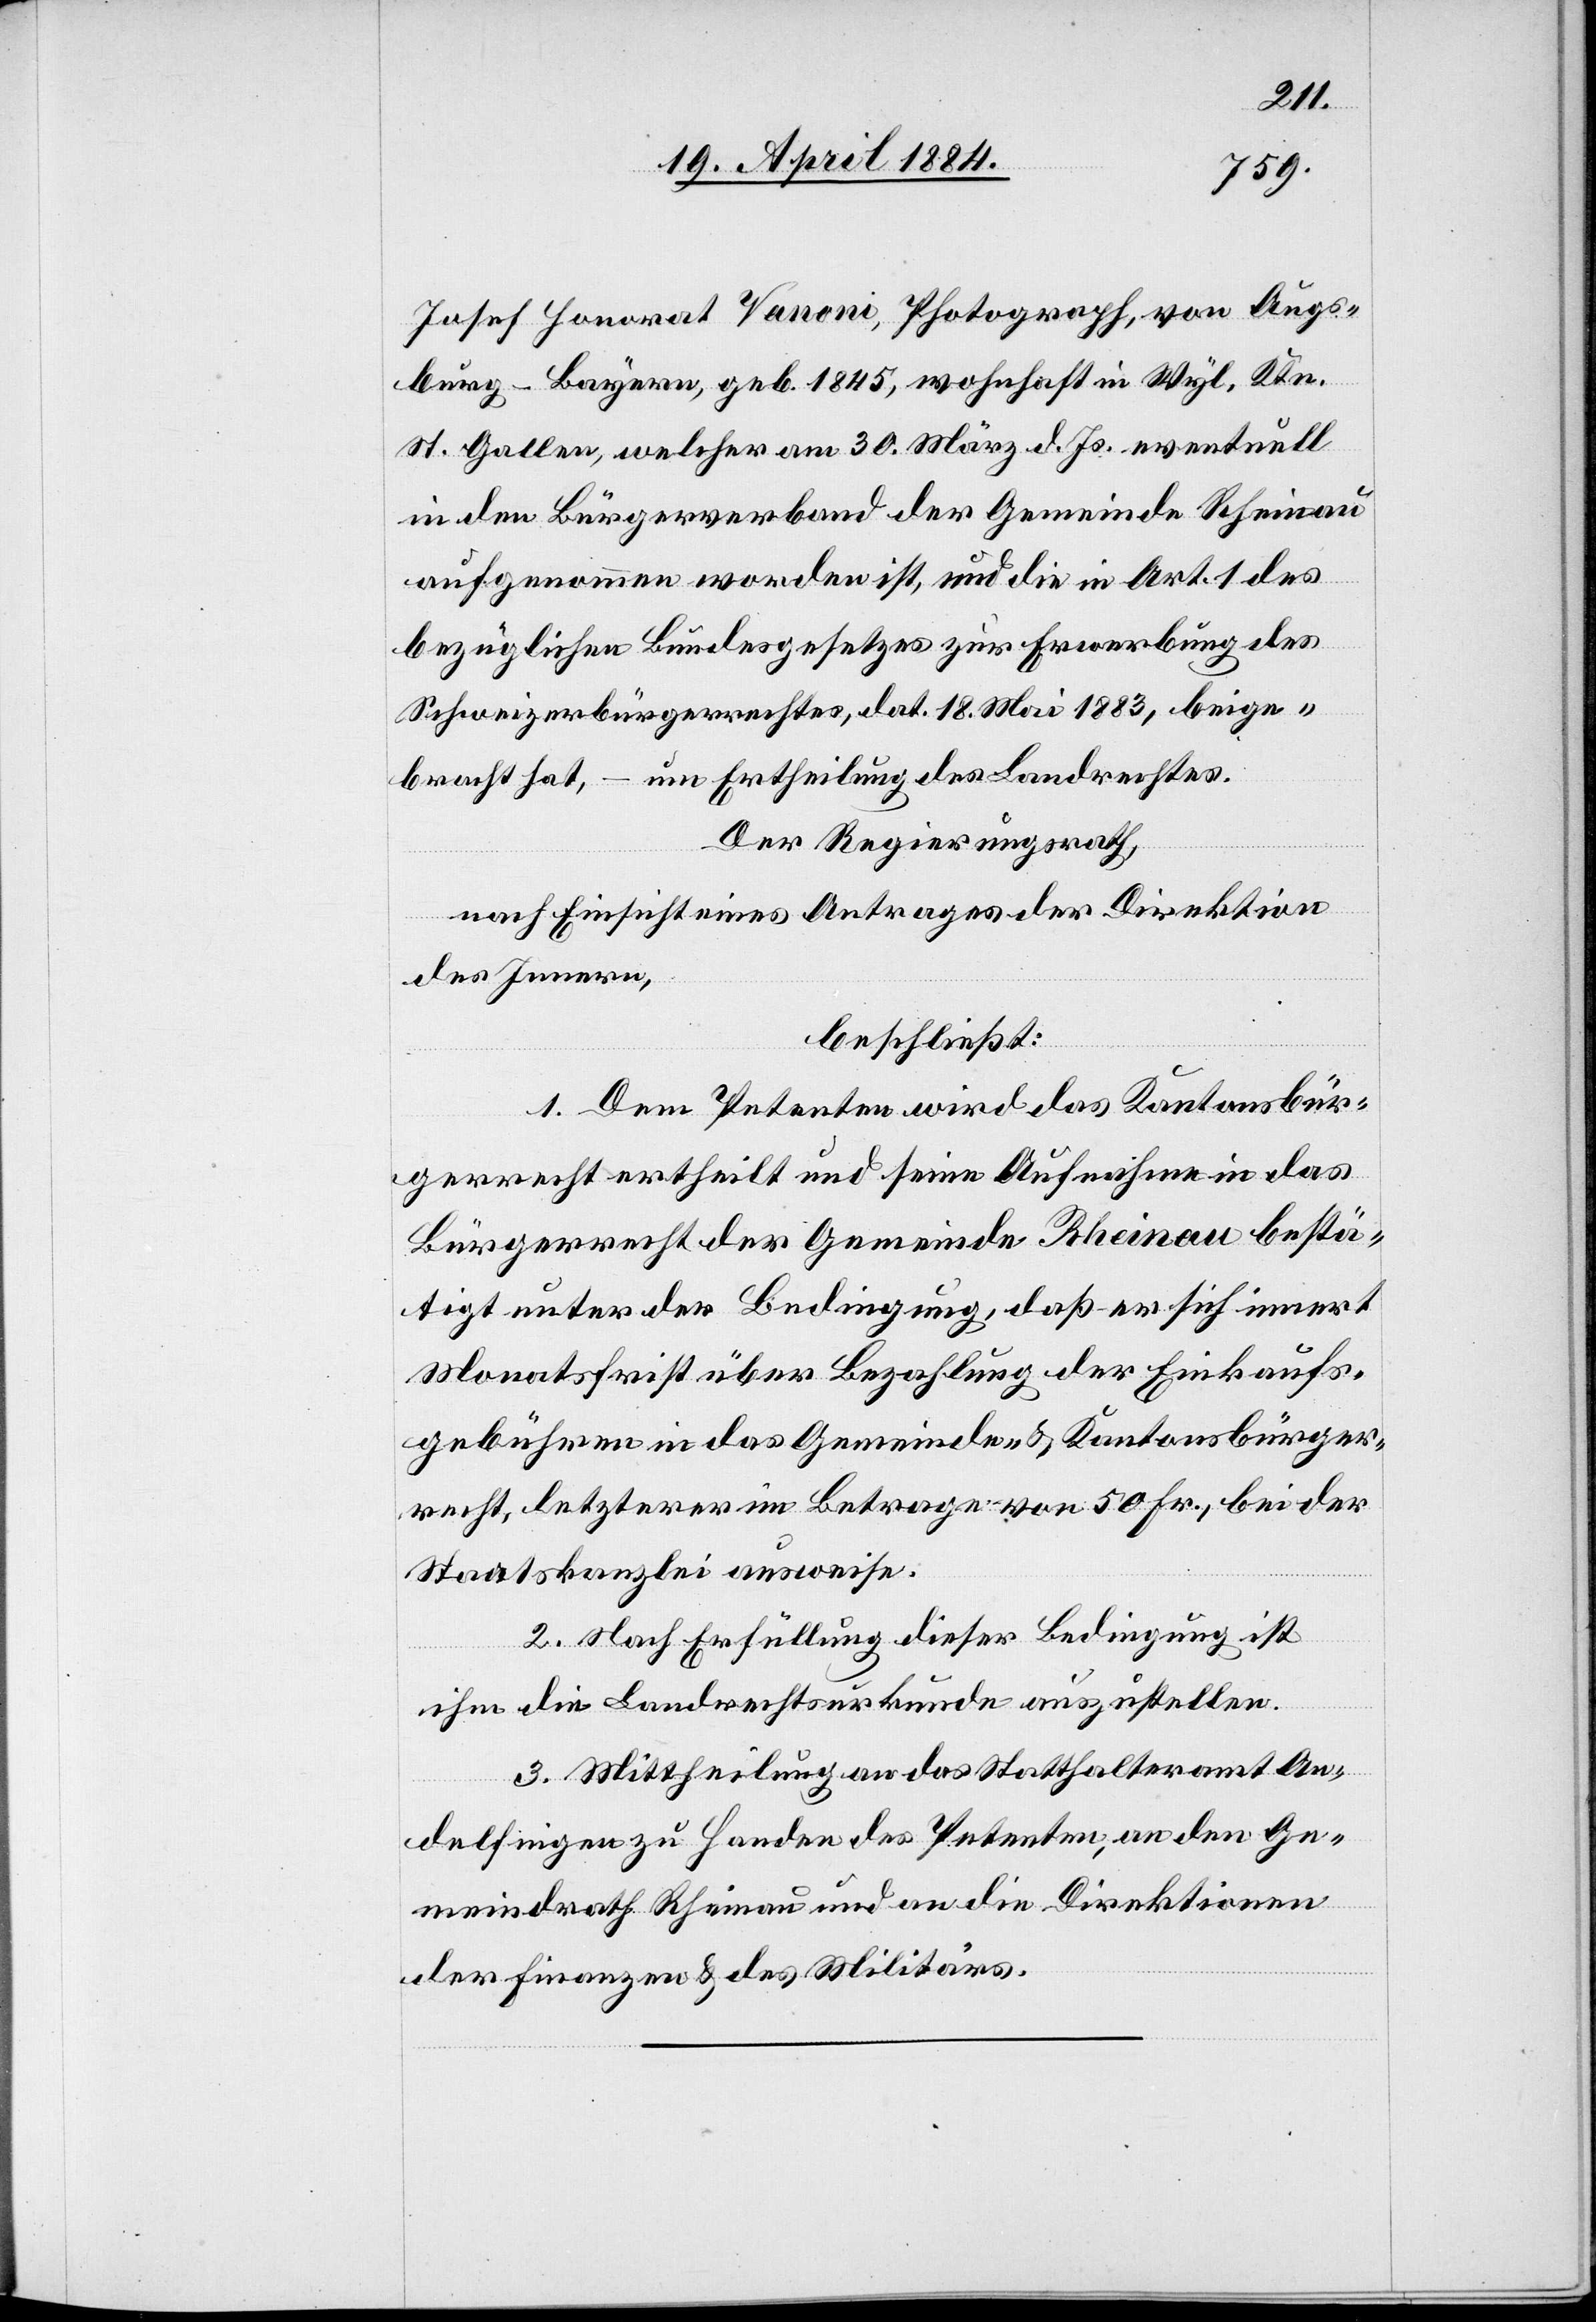
Josef Honorat Vanoni, Photograph, von Augs¬
burg - Bayern, geb. 1845, wohnhaft in Wyl, Ktn.
St. Gallen, welcher am 30. März d. Js. eventuell
in den Bürgerverband der Gemeinde Rheinau
aufgenommen worden ist, und die in Art. 1 des
Schweizerbürgerrechtes, dat. 18. Mai 1883, beige¬
bracht hat, – um Ertheilung des Landrechtes.
Der Regierungsrath,
nach Einsicht eines Antrages der Direktion
des Innern,
beschließt:
1. Dem Petenten wird das Kantonsbür¬
gerrecht ertheilt und seine Aufnahme in das
Bürgerrecht der Gemeinde Rheinau bestä¬
tigt unter der Bedingung, daß er sich innert
Monatsfrist über Bezahlung der Einkaufs¬
gebühren in das Gemeinde- & Kantonsbürger¬
recht, letzterer im Betrage von 50 Fr., bei der
Staatskanzlei ausweise.
2. Nach Erfüllung dieser Bedingung ist
ihm die Landrechtsurkunde auszustellen.
3. Mittheilung an das Statthalteramt An¬
delfingen zu Handen des Petenten, an den Ge¬
meindrath Rheinau und an die Direktionen
der Finanzen & des Militärs.